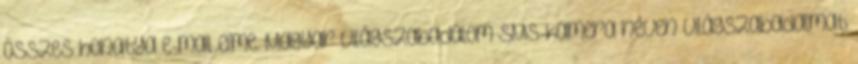
összes honatya e-mail címe. Magyar világszabadalom SMS-kamera néven világszabadalmat